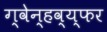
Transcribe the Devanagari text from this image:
ग्वेन्हव्य्फर